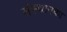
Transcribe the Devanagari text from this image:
संस्थानका